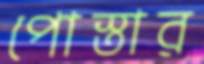
পোস্তার